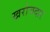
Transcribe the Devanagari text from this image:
खरोचदार